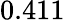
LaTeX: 0.411